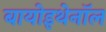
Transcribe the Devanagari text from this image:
बायोइथेनॉल